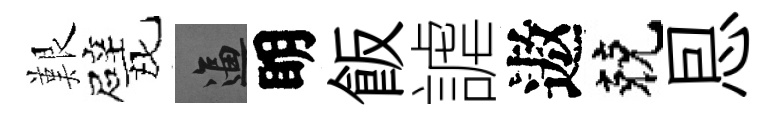
艱戏逼眀飯謔遨兢㤙